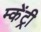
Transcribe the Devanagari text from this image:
म्केंट्री